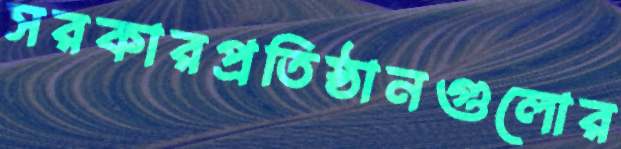
সরকারপ্রতিষ্ঠানগুলোর